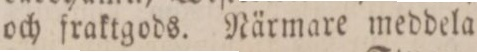
och fraktgods. Närmare meddela